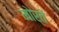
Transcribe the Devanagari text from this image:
मोर्ते